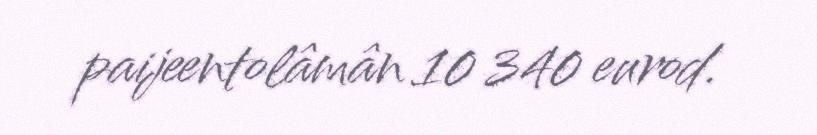
paijeentolâmân 10 340 eurod.